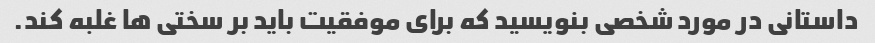
داستانی در مورد شخصی بنویسید که برای موفقیت باید بر سختی ها غلبه کند.